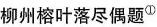
柳州榕叶落尽偶题^{①}